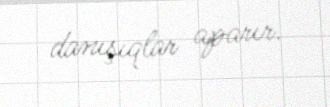
danışıqlar aparır.